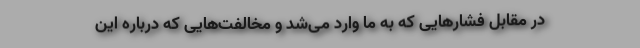
در مقابل فشارهایی که به ما وارد می‌شد و مخالفت‌هایی که درباره این